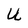
Character: U